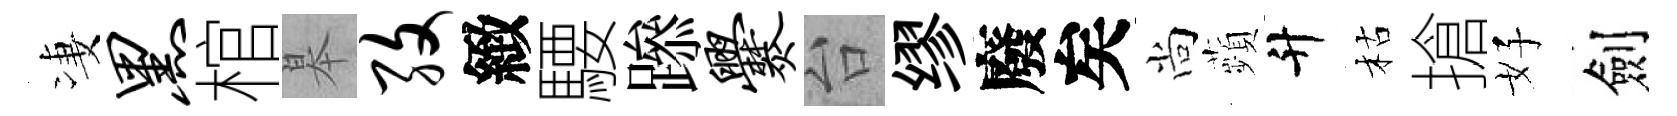
凄黑棺皋孜緻騕𨅶爨台缪廢矣尚蘋升枯搶好劍